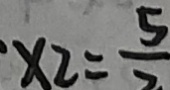
x _ { 2 } = \frac { 5 } { 2 }